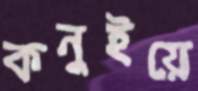
কনুইয়ে